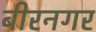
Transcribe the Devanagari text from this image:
बीरनगर